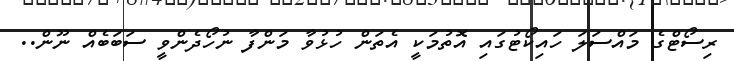
ރިސޯޓްގެ މައްސަލަ ހައިކޯޓުގައި އޮތުމަކީ އެތަން ހުޅުވާ މަންފާ ނުހޯދެންވީ ސަބަބެއް ނޫން..